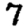
Digit: 7